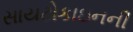
સાયટોકાઇનની